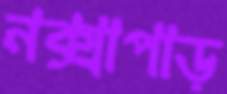
নক্সাপাড়